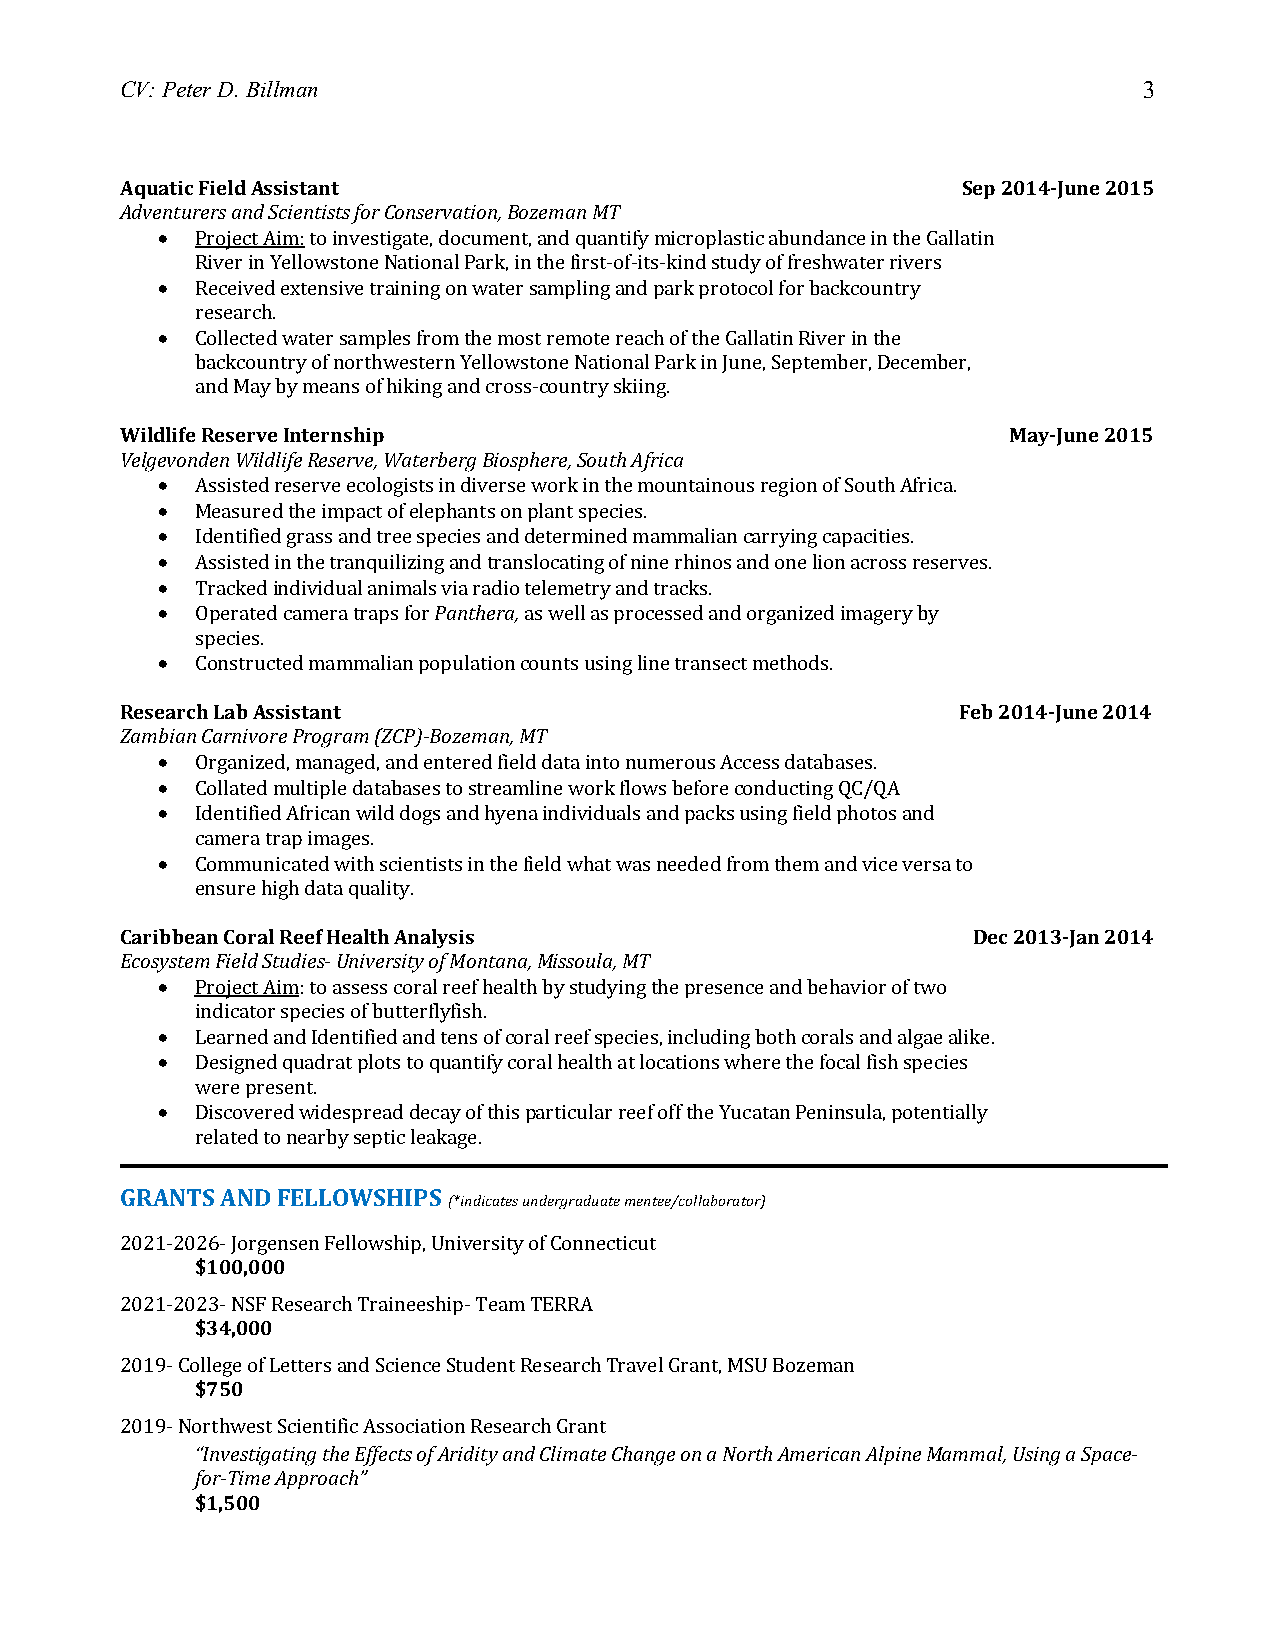
CV: Peter D. Billman                                                3
 Aquatic Field Assistant                                 Sep 2014-June 2015
 Adventurers and Scientists for Conservation, Bozeman MT
 •  Project Aim: to investigate, document, and quantify microplastic abundance in the Gallatin
 River in Yellowstone National Park, in the first-of-its-kind study of freshwater rivers
 •  Received extensive training on water sampling and park protocol for backcountry
 research.
 •  Collected water samples from the most remote reach of the Gallatin River in the
 backcountry of northwestern Yellowstone National Park in June, September, December,
 and May by means of hiking and cross-country skiing.
 Wildlife Reserve Internship                                May-June 2015
 Velgevonden Wildlife Reserve, Waterberg Biosphere, South Africa
 •  Assisted reserve ecologists in diverse work in the mountainous region of South Africa.
 •  Measured the impact of elephants on plant species.
 •  Identified grass and tree species and determined mammalian carrying capacities.
 •  Assisted in the tranquilizing and translocating of nine rhinos and one lion across reserves.
 •  Tracked individual animals via radio telemetry and tracks.
 •  Operated camera traps for Panthera, as well as processed and organized imagery by
 species.
 •  Constructed mammalian population counts using line transect methods.
 Research Lab Assistant                                 Feb 2014-June 2014
 Zambian Carnivore Program (ZCP)-Bozeman, MT
 •  Organized, managed, and entered field data into numerous Access databases.
 •  Collated multiple databases to streamline work flows before conducting QC/QA
 •  Identified African wild dogs and hyena individuals and packs using field photos and
 camera trap images.
 •  Communicated with scientists in the field what was needed from them and vice versa to
 ensure high data quality.
 Caribbean Coral Reef Health Analysis                    Dec 2013-Jan 2014
 Ecosystem Field Studies- University of Montana, Missoula, MT
 •  Project Aim: to assess coral reef health by studying the presence and behavior of two
 indicator species of butterflyfish.
 •  Learned and Identified and tens of coral reef species, including both corals and algae alike.
 •  Designed quadrat plots to quantify coral health at locations where the focal fish species
 were present.
 •  Discovered widespread decay of this particular reef off the Yucatan Peninsula, potentially
 related to nearby septic leakage.
 GRANTS AND FELLOWSHIPS
 (*indicates undergraduate mentee/collaborator)
 2021-2026- Jorgensen Fellowship, University of Connecticut
 $100,000
 2021-2023- NSF Research Traineeship- Team TERRA
 $34,000
 2019- College of Letters and Science Student Research Travel Grant, MSU Bozeman
 $750
 2019- Northwest Scientific Association Research Grant
 “Investigating the Effects of Aridity and Climate Change on a North American Alpine Mammal, Using a Space-
 for-Time Approach”
 $1,500